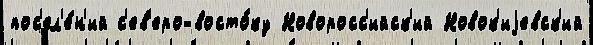
пос'ел'е́н'ий с'ев'еро-восто́ку Новоросс'ийск'ий Новок'иjевск'ий